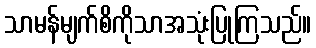
သာမန်မျက်စိကိုသာအသုံးပြုကြသည်။